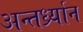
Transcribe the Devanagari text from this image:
अन्तर्ध्र्यान